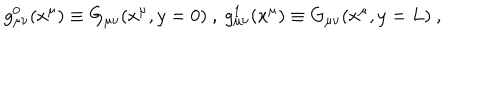
LaTeX: g _ { \mu \nu } ^ { 0 } ( x ^ { \mu } ) \equiv G _ { \mu \nu } ( x ^ { \mu } , y = 0 ) ~ , ~ g _ { \mu \nu } ^ { 1 } ( x ^ { \mu } ) \equiv G _ { \mu \nu } ( x ^ { \mu } , y = L ) ~ , ~ \,